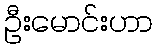
ဦးမောင်းဟာ